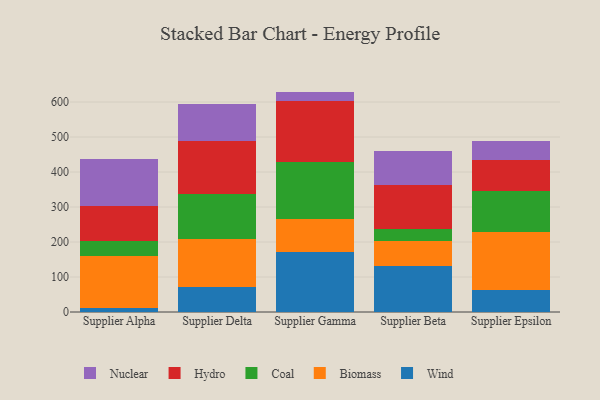
{"axis": {"x": "Supplier", "y": "Inventory Turnover"}, "legend": ["Biomass", "Coal", "Hydro", "Nuclear", "Wind"], "data": [{"x": "Supplier Alpha", "y": 10.7, "type": "Wind"}, {"x": "Supplier Alpha", "y": 149.8, "type": "Biomass"}, {"x": "Supplier Alpha", "y": 41.8, "type": "Coal"}, {"x": "Supplier Alpha", "y": 101.2, "type": "Hydro"}, {"x": "Supplier Alpha", "y": 133.6, "type": "Nuclear"}, {"x": "Supplier Delta", "y": 72.1, "type": "Wind"}, {"x": "Supplier Delta", "y": 136.2, "type": "Biomass"}, {"x": "Supplier Delta", "y": 128.5, "type": "Coal"}, {"x": "Supplier Delta", "y": 151.1, "type": "Hydro"}, {"x": "Supplier Delta", "y": 107.8, "type": "Nuclear"}, {"x": "Supplier Gamma", "y": 170.9, "type": "Wind"}, {"x": "Supplier Gamma", "y": 95.7, "type": "Biomass"}, {"x": "Supplier Gamma", "y": 161.2, "type": "Coal"}, {"x": "Supplier Gamma", "y": 175.4, "type": "Hydro"}, {"x": "Supplier Gamma", "y": 26.6, "type": "Nuclear"}, {"x": "Supplier Beta", "y": 132.6, "type": "Wind"}, {"x": "Supplier Beta", "y": 69.7, "type": "Biomass"}, {"x": "Supplier Beta", "y": 34.8, "type": "Coal"}, {"x": "Supplier Beta", "y": 125.1, "type": "Hydro"}, {"x": "Supplier Beta", "y": 98.4, "type": "Nuclear"}, {"x": "Supplier Epsilon", "y": 62.3, "type": "Wind"}, {"x": "Supplier Epsilon", "y": 165.0, "type": "Biomass"}, {"x": "Supplier Epsilon", "y": 117.5, "type": "Coal"}, {"x": "Supplier Epsilon", "y": 88.8, "type": "Hydro"}, {"x": "Supplier Epsilon", "y": 54.1, "type": "Nuclear"}]}